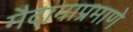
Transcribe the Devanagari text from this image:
मैदानाप्रमाणे